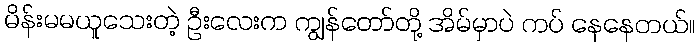
မိန်းမမယူသေးတဲ့ ဦးလေးက ကျွန်တော်တို့ အိမ်မှာပဲ ကပ် နေနေတယ်။